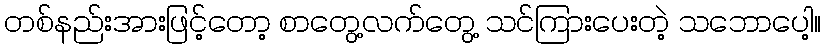
တစ်နည်းအားဖြင့်တော့ စာတွေ့လက်တွေ့ သင်ကြားပေးတဲ့ သဘောပေါ့။